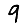
Digit: 9